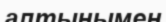
алтынымен